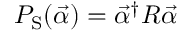
P _ { \mathrm { S } } ( \vec { \alpha } ) = \vec { \alpha } ^ { \dagger } \boldsymbol { R } \vec { \alpha }